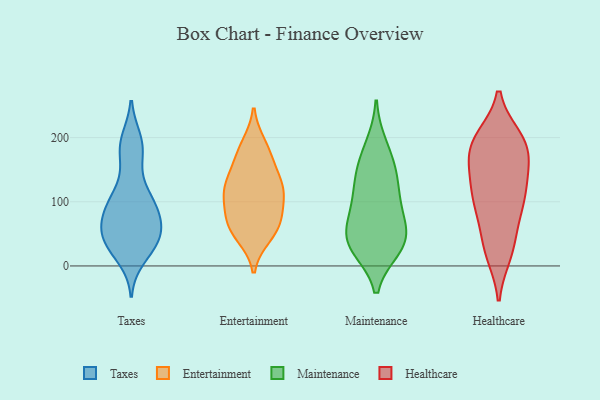
{"axis": {"x": "Production Output", "y": "Value"}, "legend": ["Entertainment", "Healthcare", "Maintenance", "Taxes"], "data": [{"x": "", "y": 161, "type": "Taxes"}, {"x": "", "y": 113, "type": "Taxes"}, {"x": "", "y": 108, "type": "Taxes"}, {"x": "", "y": 50, "type": "Taxes"}, {"x": "", "y": 66, "type": "Taxes"}, {"x": "", "y": 45, "type": "Taxes"}, {"x": "", "y": 89, "type": "Taxes"}, {"x": "", "y": 86, "type": "Taxes"}, {"x": "", "y": 12, "type": "Taxes"}, {"x": "", "y": 197, "type": "Taxes"}, {"x": "", "y": 192, "type": "Taxes"}, {"x": "", "y": 182, "type": "Taxes"}, {"x": "", "y": 32, "type": "Taxes"}, {"x": "", "y": 41, "type": "Taxes"}, {"x": "", "y": 28, "type": "Taxes"}, {"x": "", "y": 42, "type": "Taxes"}, {"x": "", "y": 106, "type": "Taxes"}, {"x": "", "y": 72, "type": "Taxes"}, {"x": "", "y": 75, "type": "Taxes"}, {"x": "", "y": 53, "type": "Entertainment"}, {"x": "", "y": 124, "type": "Entertainment"}, {"x": "", "y": 138, "type": "Entertainment"}, {"x": "", "y": 47, "type": "Entertainment"}, {"x": "", "y": 179, "type": "Entertainment"}, {"x": "", "y": 107, "type": "Entertainment"}, {"x": "", "y": 67, "type": "Entertainment"}, {"x": "", "y": 125, "type": "Entertainment"}, {"x": "", "y": 188, "type": "Entertainment"}, {"x": "", "y": 71, "type": "Entertainment"}, {"x": "", "y": 103, "type": "Entertainment"}, {"x": "", "y": 68, "type": "Entertainment"}, {"x": "", "y": 117, "type": "Entertainment"}, {"x": "", "y": 164, "type": "Entertainment"}, {"x": "", "y": 100, "type": "Maintenance"}, {"x": "", "y": 35, "type": "Maintenance"}, {"x": "", "y": 74, "type": "Maintenance"}, {"x": "", "y": 40, "type": "Maintenance"}, {"x": "", "y": 161, "type": "Maintenance"}, {"x": "", "y": 40, "type": "Maintenance"}, {"x": "", "y": 187, "type": "Maintenance"}, {"x": "", "y": 139, "type": "Maintenance"}, {"x": "", "y": 41, "type": "Maintenance"}, {"x": "", "y": 134, "type": "Maintenance"}, {"x": "", "y": 93, "type": "Maintenance"}, {"x": "", "y": 29, "type": "Maintenance"}, {"x": "", "y": 141, "type": "Healthcare"}, {"x": "", "y": 24, "type": "Healthcare"}, {"x": "", "y": 27, "type": "Healthcare"}, {"x": "", "y": 179, "type": "Healthcare"}, {"x": "", "y": 155, "type": "Healthcare"}, {"x": "", "y": 95, "type": "Healthcare"}, {"x": "", "y": 19, "type": "Healthcare"}, {"x": "", "y": 106, "type": "Healthcare"}, {"x": "", "y": 57, "type": "Healthcare"}, {"x": "", "y": 136, "type": "Healthcare"}, {"x": "", "y": 199, "type": "Healthcare"}, {"x": "", "y": 196, "type": "Healthcare"}, {"x": "", "y": 192, "type": "Healthcare"}, {"x": "", "y": 109, "type": "Healthcare"}, {"x": "", "y": 189, "type": "Healthcare"}, {"x": "", "y": 196, "type": "Healthcare"}, {"x": "", "y": 159, "type": "Healthcare"}, {"x": "", "y": 105, "type": "Healthcare"}, {"x": "", "y": 83, "type": "Healthcare"}]}